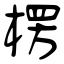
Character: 楞